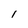
Character: l